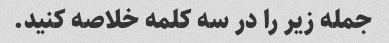
جمله زیر را در سه کلمه خلاصه کنید.